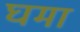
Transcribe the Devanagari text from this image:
घमा